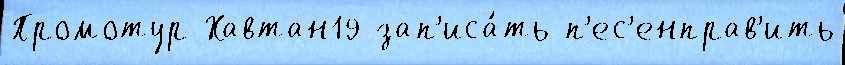
Промотур Хавтан19 зап'иса́ть п'ес'енправ'ить